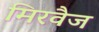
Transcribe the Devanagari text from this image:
मिरवैज